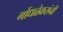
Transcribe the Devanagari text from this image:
गोंधळेकरांनी